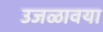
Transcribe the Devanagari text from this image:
उजळावया